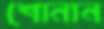
শোনান